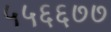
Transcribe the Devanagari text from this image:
५५६६७७